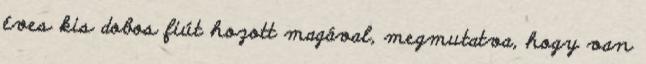
éves kis dobos fiút hozott magával, megmutatva, hogy van